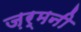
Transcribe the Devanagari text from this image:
ज़र्मनी